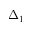
\Delta _ { 1 }